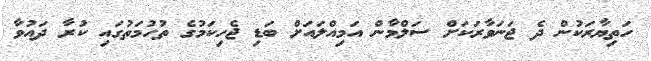
ހަތިޔާރަކުން ދެ ޖަނަވާރަކަށް ސަލްމާން އަމިއްލައަށް ބަޑި ޖެހިކަމުގެ ތުހުމަތުގައި ކުރާ ދައުވާ